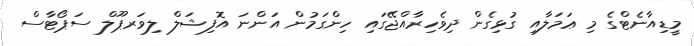
މީޑިއާނެޓްގެ މި ޢަމަލާއި ގުޅިގެން ދިވެހިރާއްޖޭގައި ހިންގަމުން އަންނަ އޮފިޝަލް ލިވަރޕޫލް ސަޕޯޓާސް